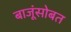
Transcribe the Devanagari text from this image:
बाजूंसोबत